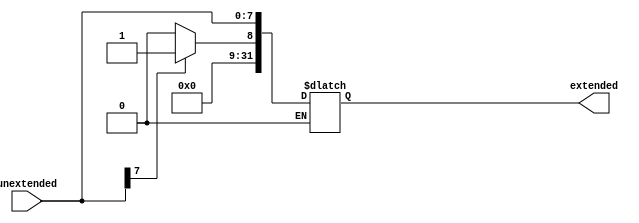
`timescale 1ns/100ps
/////////////////////////////////////////////////////////////////////////////////////////////////////////////////////////////////////////
/////////////////////////////////////////////////////////////////////////////////////////////////////////////////////////////////////////
module signextender(unextended, extended);
    input [7:0] unextended; //the msb bit is the sign bit // 8-bit input
    output reg [31:0] extended; // 32-bit output

    //assign extended[7:0]  = unextended[7:0];
    //assign extended[31:8] = unextended[7] ? 24'd1 : 24'd0;
    always @(unextended) begin
        if(unextended[7] == 1'b0) begin
            extended[31:8] = 24'd0;
            extended[7:0]  = unextended[7:0];
        end else if (unextended[7] == 1'b1) begin
            extended[31:8] = 24'd1;
            extended[7:0]  = unextended[7:0];
        end
    end 
endmodule

module shiftleft_2(IN, OUT);
    input [31:0] IN;
    output[31:0] OUT;

    assign OUT = IN << 2;

endmodule
/////////////////////////////////////////////////////////////////////////////////////////////////////////////////////////////////////////
/////////////////////////////////////////////////////////////////////////////////////////////////////////////////////////////////////////






/////////////////////////////////////////////////////////////////////////////////////////////////////////////////////////////////////////
/////////////////////////////////////////////////////////////////////////////////////////////////////////////////////////////////////////
//this is used to convert numbers into minus in two's complement
module twosCompliment(in, result);
    input [7:0] in;
    output [7:0] result;

    assign #1 result = ~in + 1;

endmodule
/////////////////////////////////////////////////////////////////////////////////////////////////////////////////////////////////////////
/////////////////////////////////////////////////////////////////////////////////////////////////////////////////////////////////////////
//this is a implementation of a 2 to 1 multiplexer
module mux2_1(input0, input1, mux_result, mux_seletor);
    input [7:0] input0;         //input ports
    input [7:0] input1;         
    output [7:0] mux_result;    
    input mux_seletor;          //1 bit selector

    assign mux_result = mux_seletor ? input1 : input0;  //if mux_seletor = 1; select input1
                                                        //if mux_seletor = 0; select input0
endmodule

//this is a implementation of a 2 to 1 multiplexer for PC module
module mux2_1_forPC(input0, input1, mux_result, mux_seletor);
    input [31:0] input0;         //input ports
    input [31:0] input1;         
    output[31:0] mux_result;    
    input mux_seletor;          //1 bit selector

    assign mux_result = mux_seletor ? input1 : input0;  //if mux_seletor = 1; select input1
                                                        //if mux_seletor = 0; select input0
endmodule

//this is a implementation of a 4 to 1 multiplexer for jump branch selector module
module mux4_1(input0, input1, input2, input3, mux_result, mux_seletor_branch, mux_seletor_jump);
    input  mux_seletor_branch, mux_seletor_jump;         
    input  input0, input1, input2, input3;         //input ports
    output mux_result;    


    assign mux_result = mux_seletor_branch ? (mux_seletor_jump ? input3 : input2) : (mux_seletor_jump ? input1 : input0);

    //branch  jump   result
    //  0       0    input0    
    //  0       1    input1
    //  1       0    input2
    //  1       1    input3'

endmodule
/////////////////////////////////////////////////////////////////////////////////////////////////////////////////////////////////////////
/////////////////////////////////////////////////////////////////////////////////////////////////////////////////////////////////////////